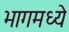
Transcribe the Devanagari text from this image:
भागमध्ये